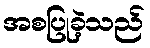
အစပြုခဲ့သည်